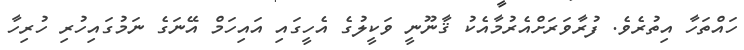
ހައްތަހާ އިތުރެވެ. ފުރާވަރަށްއެރުމާއެކު ޤާނޫނީ ވަކީލުގެ އެހީގައި އައިހަމް އޭނަގެ ނަމުގައިހުރި ހުރިހާ